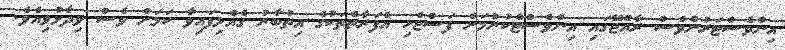
އިންވެސްޓަރުންވެސް ރާއްޖޭގައި އިންވެސްޓްކުރުމަށް ފަސްޖެހި އެފަރާތްތަކުގެ އިތުބާރު ގެއްލިފައިވާ ކަމަށް ވެސް ވިދާޅުވިއެވެ.